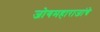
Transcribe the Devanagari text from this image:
जोगमहाराजांचे